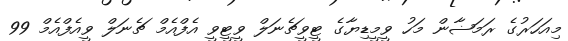
މިއަހަރުގެ ރަމަޟާން މަހު ވީމީޑިޔާގެ ޓީވީޗެނަލް ވީޓީވީ އެފްއެމް ޗެނަލް ވީއެފްއެމް 99